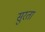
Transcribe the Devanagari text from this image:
सुरता